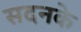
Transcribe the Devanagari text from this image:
सदनके